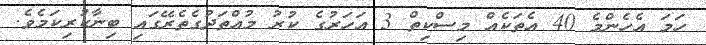
ހަމަ އެހެންމެ 40 އެތަކެއް މިސްކިތް 3 އަހަރުގެ ކުރު މުއްތަދުގެތެރޭގައި ބިނާކުރިކަމެވެ.